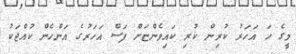
މީގެ ހަ އަހަރު ކުރިން ކުރި ކައިވެންޏަށް ފަސް އަހަރުގެ އަންހެން ކުއްޖަކު